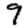
Digit: 9